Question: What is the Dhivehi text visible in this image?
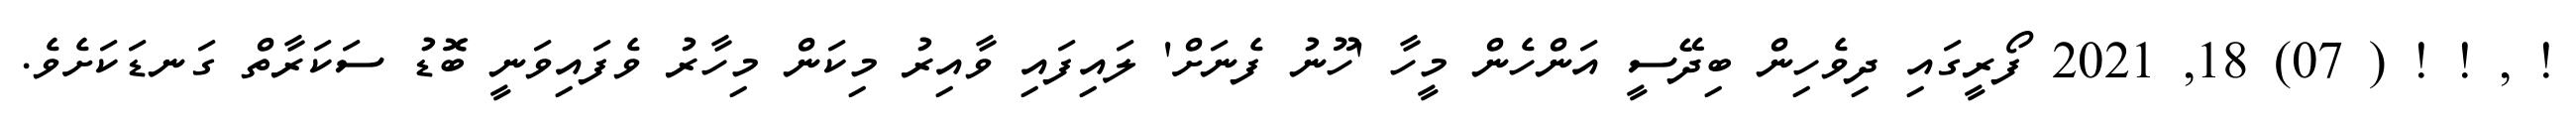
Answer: ! , ! ! ( 07) 18, 2021 ފޯރީގައި ދިވެހިން ބިދޭސީ އަންހެން މީހާ 'ހޫނު ފެނަށް' ލައިފައި ވާއިރު މިކަން މިހާރު ވެފައިވަނީ ބޮޑު ސަކަރާތް ގަނޑަކަށެވެ.